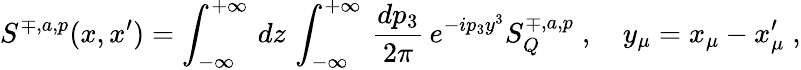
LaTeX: S^{\mp,a,p}(x,x^{\prime})=\int_{-\infty}^{+\infty}\, dz\, \int_{-\infty}^{+\infty}\, \frac{dp_{3}}{2\pi}\, e^{-ip_{3}y^{3}}S_{Q}^{\mp,a,p}\; ,\quad y_{\mu}=x_{\mu}-x_{\mu}^{\prime}\; ,